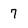
Character: 7